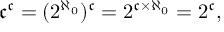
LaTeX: { \mathfrak { c } } ^ { \mathfrak { c } } = ( 2 ^ { \aleph _ { 0 } } ) ^ { \mathfrak { c } } = 2 ^ { { \mathfrak { c } } \times \aleph _ { 0 } } = 2 ^ { \mathfrak { c } } ,